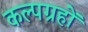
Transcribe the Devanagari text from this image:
कल्पग्रहों